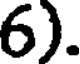
6).